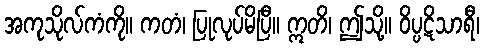
အကုသိုလ်ကံကို။ ကတံ၊ ပြုလုပ်မိပြီ။ ဣတိ၊ ဤသို့။ ဝိပ္ပဋိသာရီ၊